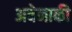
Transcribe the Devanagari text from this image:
अबेनाकी